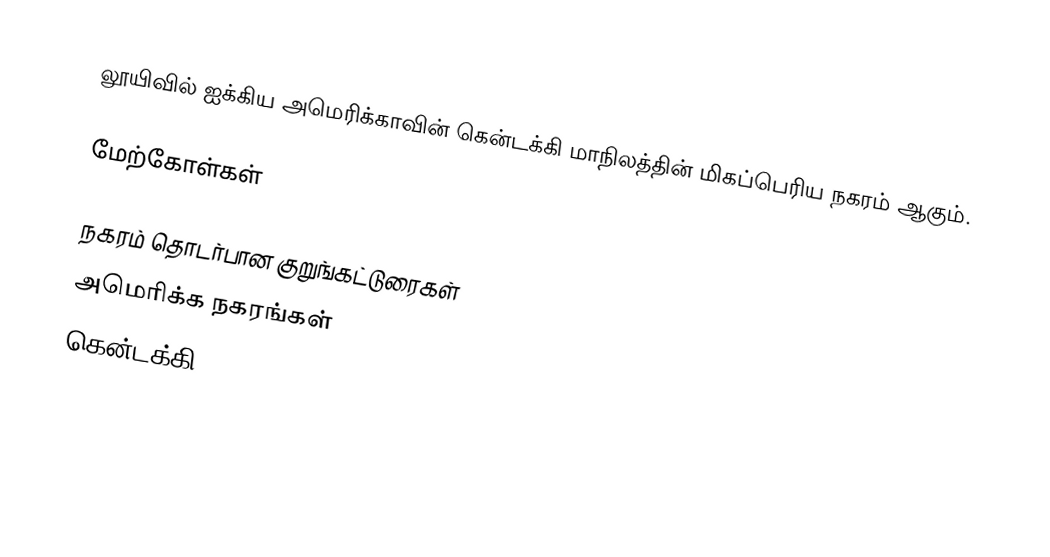
லூயிவில் ஐக்கிய அமெரிக்காவின் கென்டக்கி மாநிலத்தின் மிகப்பெரிய நகரம் ஆகும்.

மேற்கோள்கள்

நகரம் தொடர்பான குறுங்கட்டுரைகள்
அமெரிக்க நகரங்கள்
கென்டக்கி